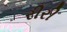
રીરી